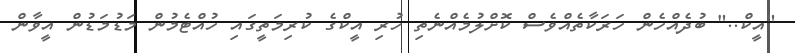
"އީކް.." ބުދެއްހެން ހަރަކާތެއްވެސް ކޮށްލުމެއްނެތި ހުރި އީކްގެ ކުރިމަތީގައި ހުއްޓެމުން މަޑުމަޑުން އީވާން